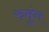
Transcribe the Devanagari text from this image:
रुमुंग